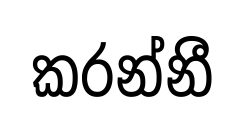
කරන්නී